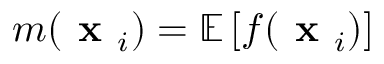
m ( \textbf { x } _ { i } ) = \mathbb { E } \left[ f ( \textbf { x } _ { i } ) \right]